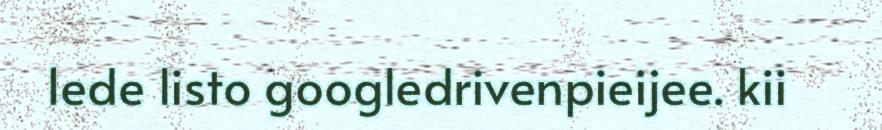
1ede listo googledrivenpieijee. kii